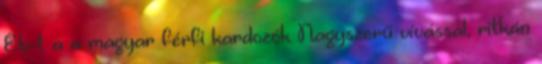
Eb-t a a magyar férfi kardozók Nagyszerű vívással, ritkán